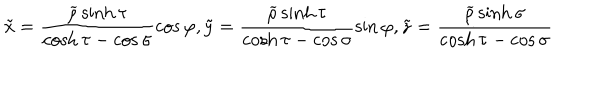
\tilde { x } = \frac { \widetilde { \rho } \sinh \tau } { \cosh \tau - \cos \sigma } \cos \varphi , \tilde { y } = \frac { \widetilde { \rho } \sinh \tau } { \cosh \tau - \cos \sigma } \sin \varphi , \tilde { z } = \frac { \widetilde { \rho } \sinh \sigma } { \cosh \tau - \cos \sigma }